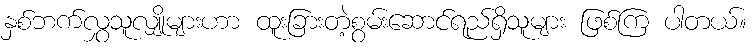
နှစ်ဘက်လွှသူလျှိုများဟာ ထူးခြားတဲ့စွမ်းဆောင်ရည်ရှိသူများ ဖြစ်ကြ ပါတယ်။